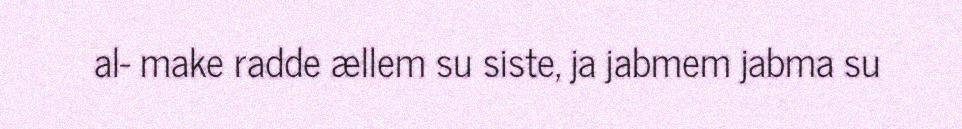
al- make radde ællem su siste, ja jabmem jabma su